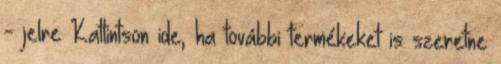
- jelre Kattintson ide, ha további termékeket is szeretne